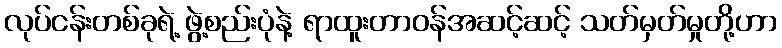
လုပ်ငန်းတစ်ခုရဲ့ ဖွဲ့စည်းပုံနဲ့ ရာထူးတာဝန်အဆင့်ဆင့် သတ်မှတ်မှုတို့ဟာ